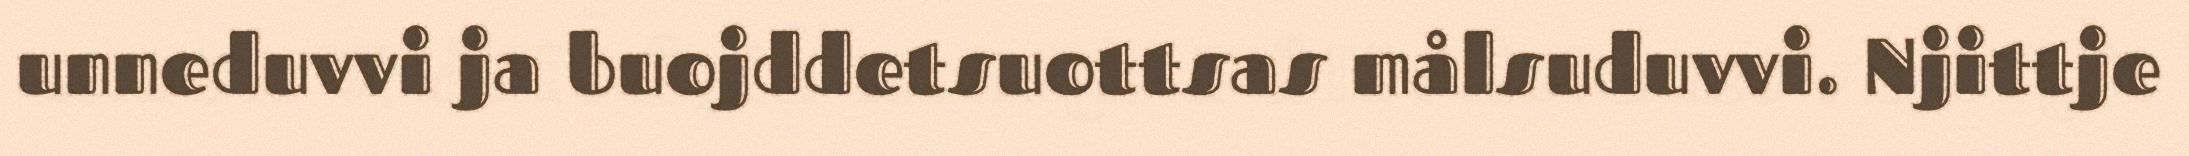
unneduvvi ja buojddetsuottsas målsuduvvi. Njittje